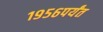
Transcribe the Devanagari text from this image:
१९५६पर्यंत